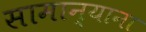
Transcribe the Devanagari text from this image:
सामान्याना